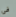
فى